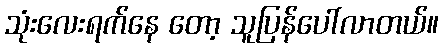
သုံးလေးရက်နေ တော့ သူပြန်ပေါ်လာတယ်။